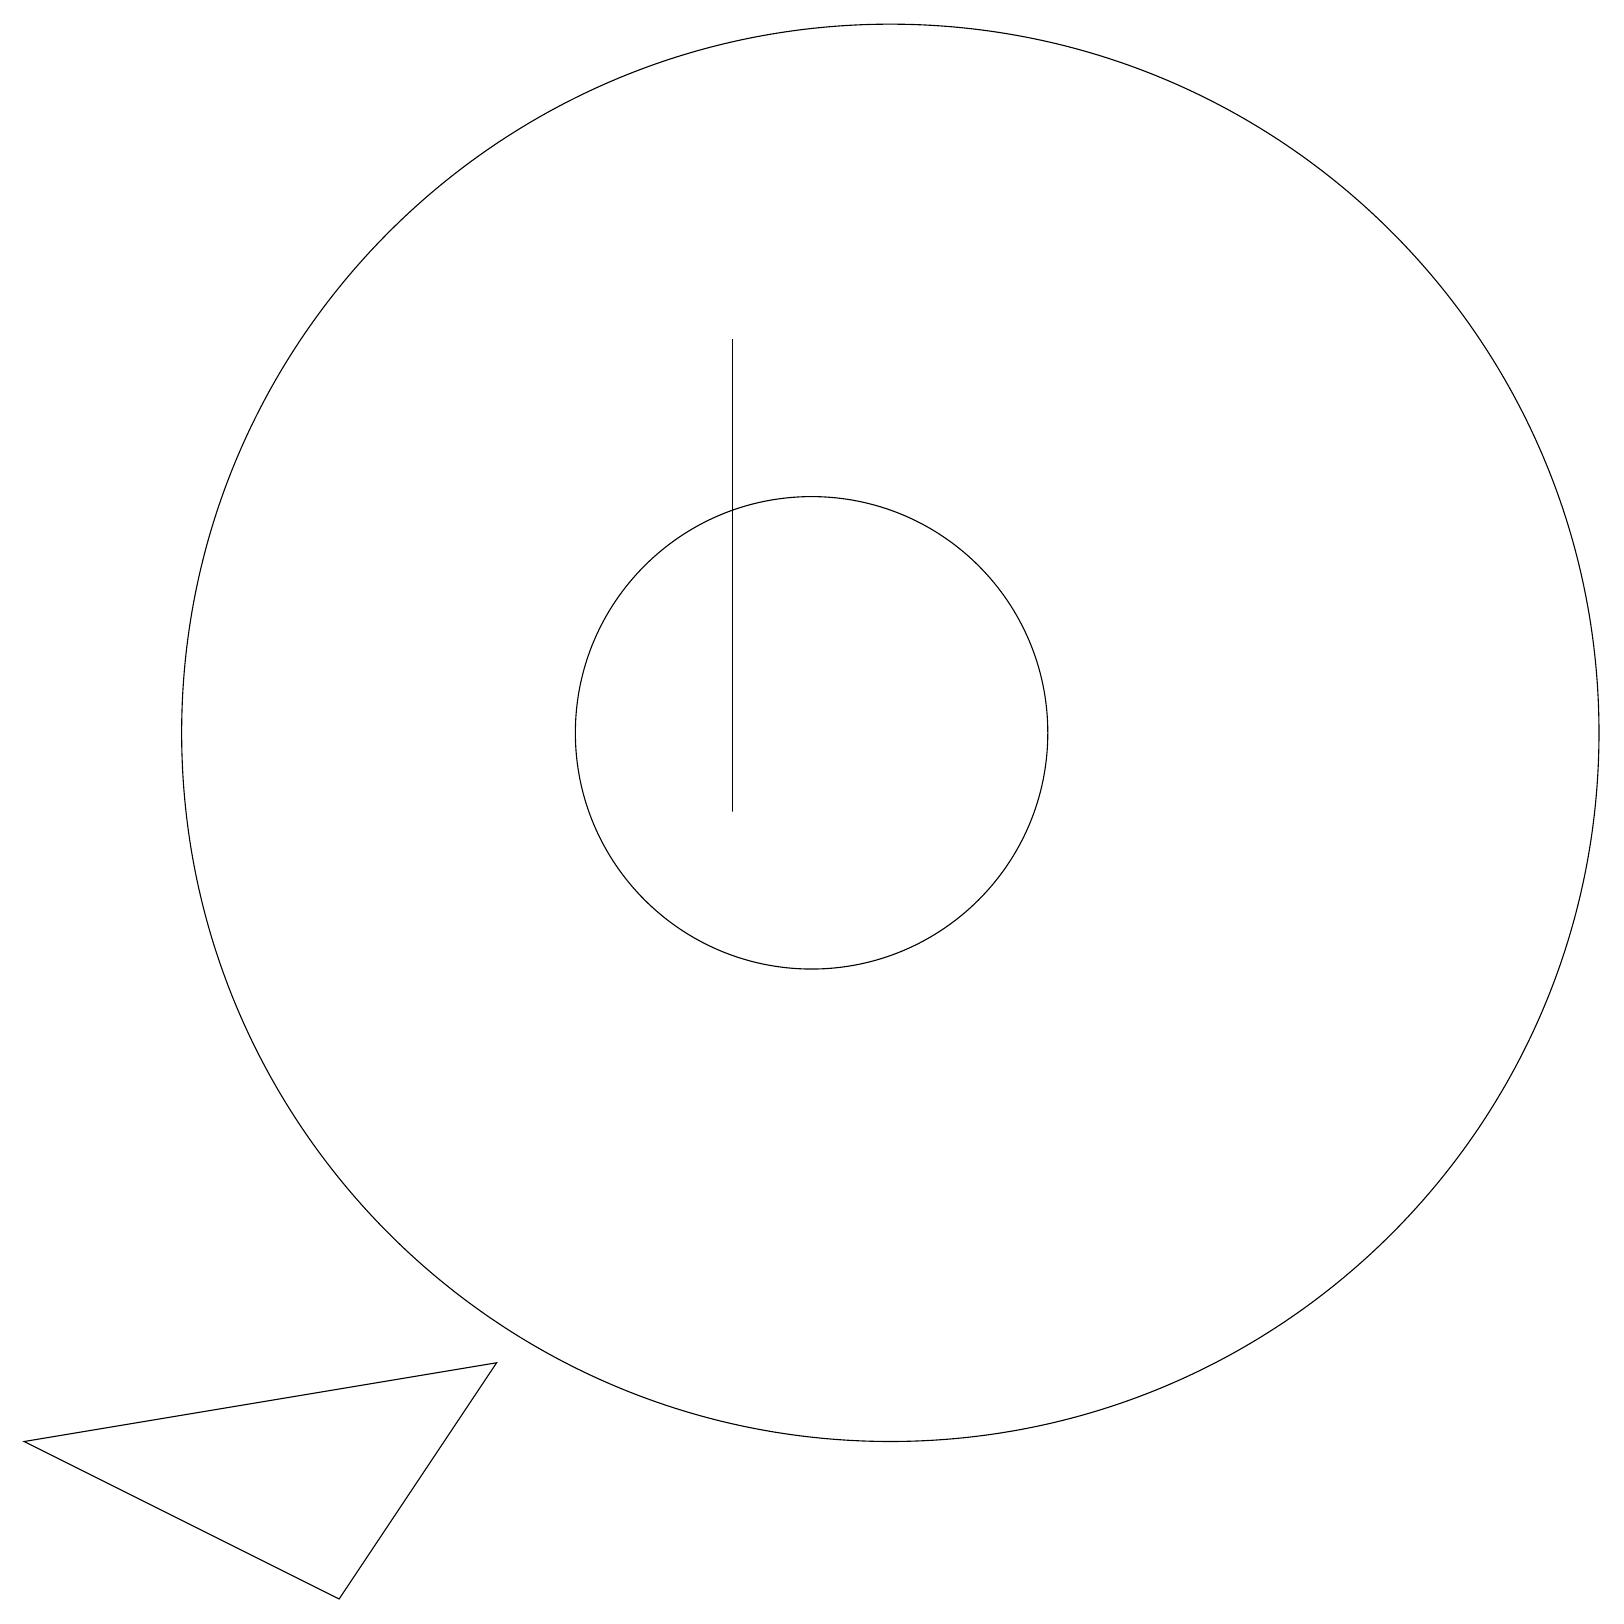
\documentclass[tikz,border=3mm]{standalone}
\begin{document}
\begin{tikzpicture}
\draw (10,11) circle (3);
\draw (9,10) rectangle (9,16);
\draw (11,11) circle (9);
\draw (6,3) -- (0,2) -- (4,0) -- cycle;
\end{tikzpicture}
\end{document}